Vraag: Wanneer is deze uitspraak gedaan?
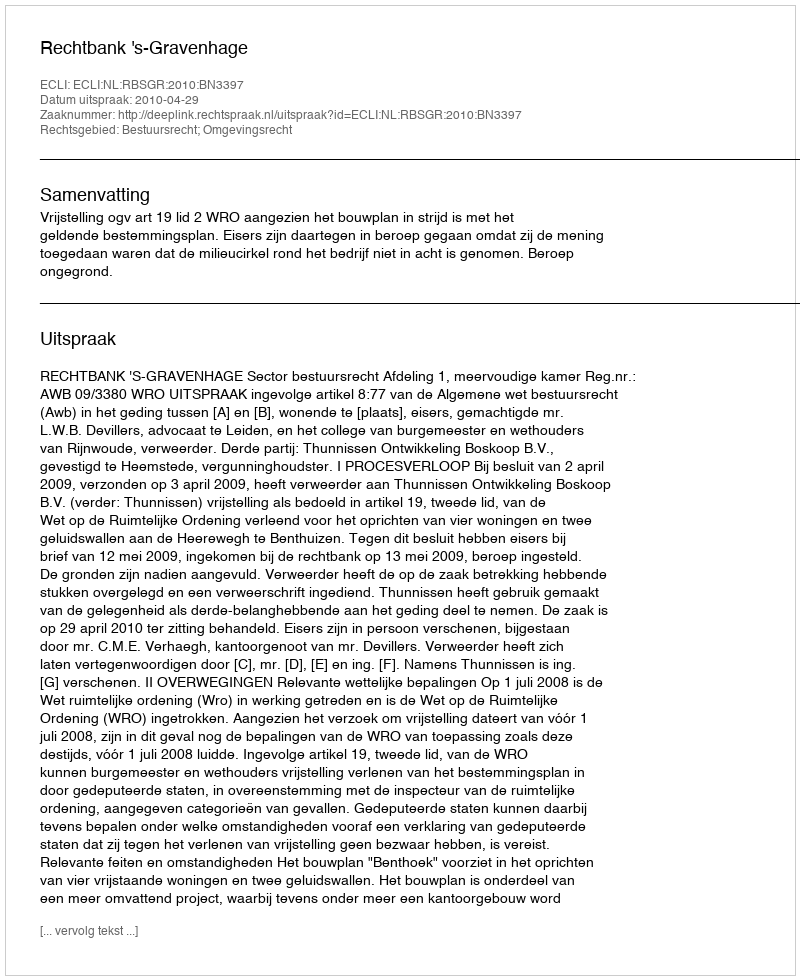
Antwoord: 2010-04-29